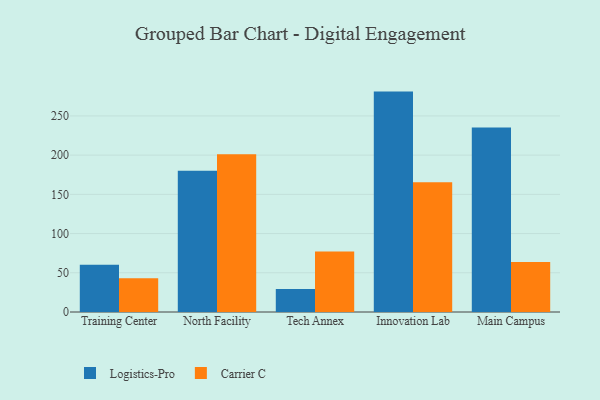
{"axis": {"x": "Campus", "y": "Revenue (USD Million)"}, "legend": ["Carrier C", "Logistics-Pro"], "data": [{"x": "Training Center", "y": 60.2, "type": "Logistics-Pro"}, {"x": "Training Center", "y": 43.0, "type": "Carrier C"}, {"x": "North Facility", "y": 180.0, "type": "Logistics-Pro"}, {"x": "North Facility", "y": 201.2, "type": "Carrier C"}, {"x": "Tech Annex", "y": 29.3, "type": "Logistics-Pro"}, {"x": "Tech Annex", "y": 77.2, "type": "Carrier C"}, {"x": "Innovation Lab", "y": 281.0, "type": "Logistics-Pro"}, {"x": "Innovation Lab", "y": 165.3, "type": "Carrier C"}, {"x": "Main Campus", "y": 235.2, "type": "Logistics-Pro"}, {"x": "Main Campus", "y": 63.9, "type": "Carrier C"}]}